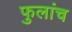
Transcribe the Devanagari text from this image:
फुलांच